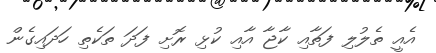
އެއީ ތެލުލި ފަތާއި ކާޖާ އާއި ކުޅި ރޮށި ފަދަ ތަކެތި ހަދައިގެން